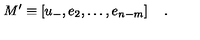
M ^ { \prime } \equiv \left[ u _ { - } , e _ { 2 } , \ldots , e _ { n - m } \right] \quad .